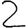
Digit: 2